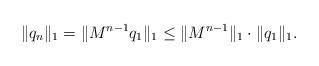
LaTeX: \begin{align*} \|q_n\|_1=\|M^{n-1}q_1\|_1\leq \|M^{n-1}\|_1\cdot\|q_1\|_1.\end{align*}